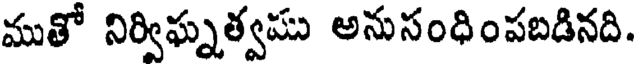
ముతో నిర్విఘ్నత్వము అనుసంధింపబడినది.